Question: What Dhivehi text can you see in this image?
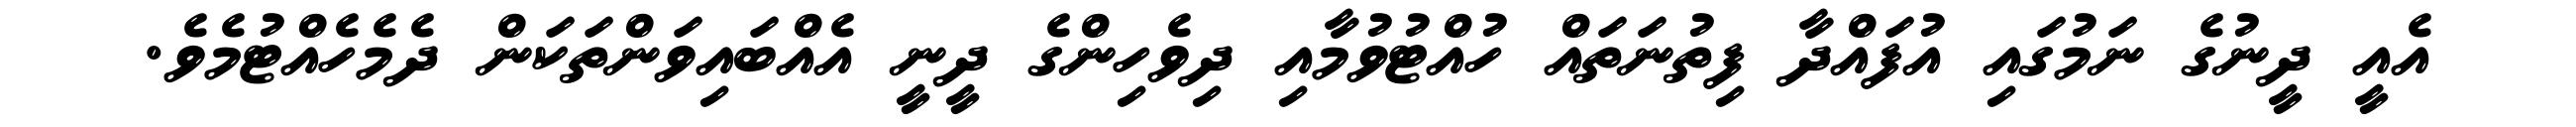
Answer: އެއީ ދީނުގެ ނަމުގައި އުފައްދާ ފިތުނަތައް ހުއްޓުވުމާއި ދިވެހިންގެ ދީނީ އެއްބައިވަންތަކަން ދެމެހެއްޓުމެވެ.